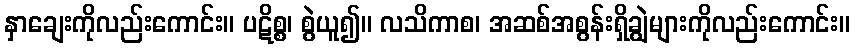
နှာချေးကိုလည်းကောင်း။ ပဋိစ္စ၊ စွဲယူ၍။ လသိကာစ၊ အဆစ်အစွန်းရှိချွဲများကိုလည်းကောင်း။